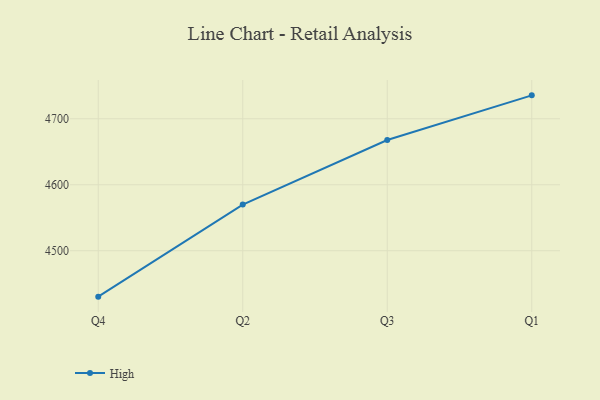
{"axis": {"x": "Quarter", "y": "Backlog"}, "legend": ["High"], "data": [{"x": "Q4", "y": 4430.4, "type": "High"}, {"x": "Q2", "y": 4570.0, "type": "High"}, {"x": "Q3", "y": 4667.8, "type": "High"}, {"x": "Q1", "y": 4735.5, "type": "High"}]}